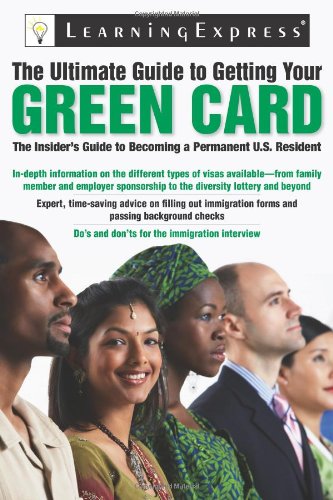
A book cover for The Ultimate Guide to Getting Your Green Card; LearningExpress LLC Editors; Test Preparation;